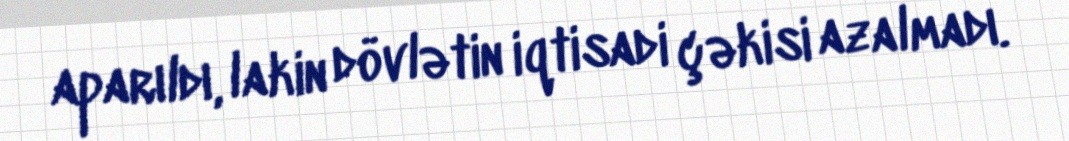
aparıldı, lakin dövlətin iqtisadi çəkisi azalmadı.